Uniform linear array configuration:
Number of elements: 16
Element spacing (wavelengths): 0.75
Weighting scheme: hann
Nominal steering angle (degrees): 15
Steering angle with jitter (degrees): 16.014
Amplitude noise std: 0.05
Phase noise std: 0.05

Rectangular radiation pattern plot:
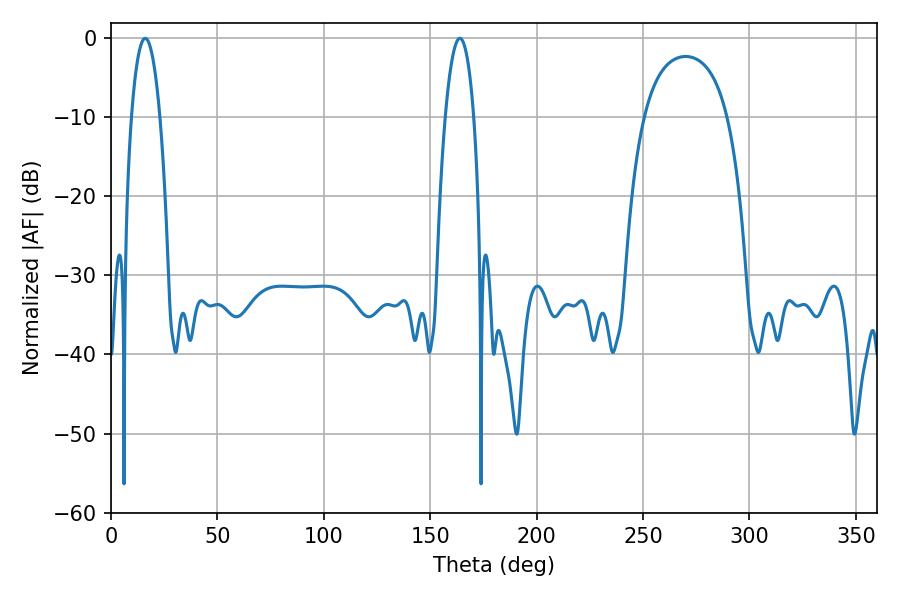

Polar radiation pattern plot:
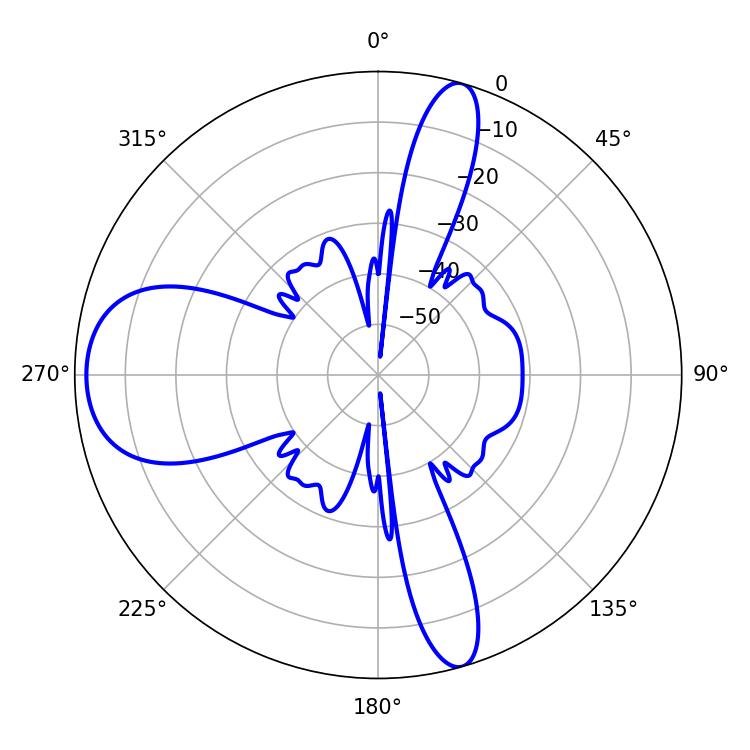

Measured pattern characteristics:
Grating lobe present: TRUE
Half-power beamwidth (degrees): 7.38
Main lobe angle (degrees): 16.02